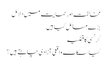
مخالفت اور حمایت میں دلائل
بڑے مسائل کیا ہیں
کرنسی کا قضیہ
کیا سکاٹ واقعی آزادی چاہتے ہیں؟